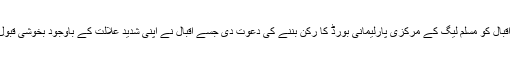
آپ نے اقبال کو مسلم لیگ کے مرکزی پارلیمانی بورڈ کا رکن بننے کی دعوت دی جسے اقبال نے اپنی شدید علالت کے باوجود بخوشی قبول کر لیا۔